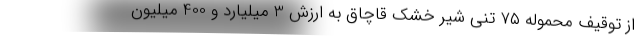
از توقیف محموله ۷۵ تنی شیر خشک قاچاق به ارزش 3 میلیارد و 400 میلیون